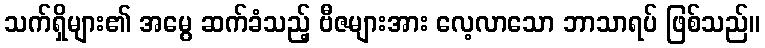
သက်ရှိများ၏ အမွေ ဆက်ခံသည့် ဗီဇများအား လေ့လာသော ဘာသာရပ် ဖြစ်သည်။